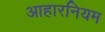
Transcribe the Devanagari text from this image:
आहारनियम